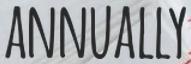
ANNUALLY